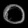
Digit: ၀